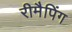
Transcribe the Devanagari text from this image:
रीमैपिंग